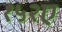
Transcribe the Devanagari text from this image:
१५२ए